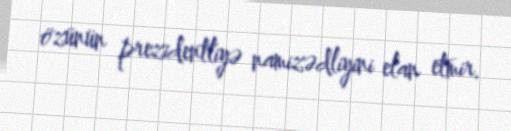
özünün prezidentliyə namizədliyini elan etmir.